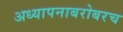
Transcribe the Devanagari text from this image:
अध्‍यापनाबरोबरच